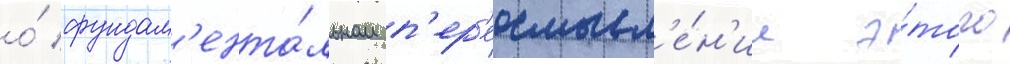
о́ фундам'ента́льном п'ер'еосмысл'е́н'ии э́того